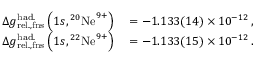
\begin{array} { r l } { \Delta g _ { \mathrm { r e l . , f n s } } ^ { \mathrm { h a d . } } \left( 1 s , { } ^ { 2 0 } \mathrm { N e } ^ { 9 + } \right) } & { { } = - 1 . 1 3 3 ( 1 4 ) \times 1 0 ^ { - 1 2 } \, , } \\ { \Delta g _ { \mathrm { r e l . , f n s } } ^ { \mathrm { h a d . } } \left( 1 s , { } ^ { 2 2 } \mathrm { N e } ^ { 9 + } \right) } & { { } = - 1 . 1 3 3 ( 1 5 ) \times 1 0 ^ { - 1 2 } \, . } \end{array}